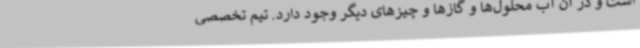
است و در آن آب محلول‌ها و گازها و چیزهای دیگر وجود دارد. تیم تخصصی